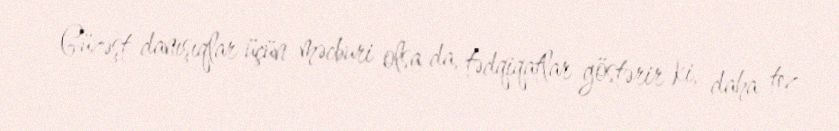
Güzəşt danışıqlar üçün məcburi olsa da, tədqiqatlar göstərir ki, daha tez